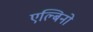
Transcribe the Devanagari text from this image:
एल्बिनो